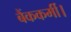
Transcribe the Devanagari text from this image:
बैंककर्मी।